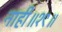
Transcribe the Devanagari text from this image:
नाही॥१९॥